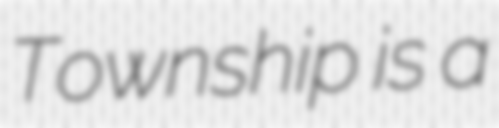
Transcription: Township is a